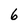
Character: 6